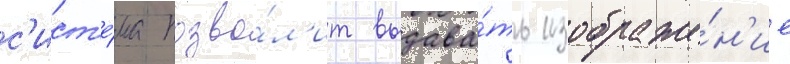
с'ист'е́ма позво́л'ит выдава́ть изображе́н'ие